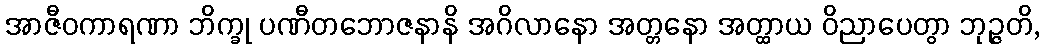
အာဇီဝကာရဏာ ဘိက္ခု ပဏီတဘောဇနာနိ အဂိလာနော အတ္တနော အတ္ထာယ ဝိညာပေတွာ ဘုဉ္ဇတိ,